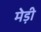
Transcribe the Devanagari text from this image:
मेड़ी